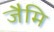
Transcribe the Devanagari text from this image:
जैमि